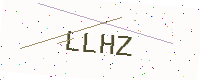
Text: LLHZ